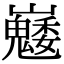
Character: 𡿆